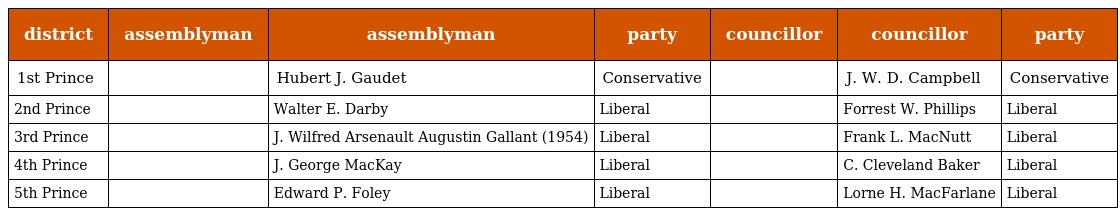
| district | assemblyman | assemblyman | party | councillor | councillor | party |
 | --- | --- | --- | --- | --- | --- | --- |
 | 1st Prince |  | Hubert J. Gaudet | Conservative |  | J. W. D. Campbell | Conservative |
 | 2nd Prince |  | Walter E. Darby | Liberal |  | Forrest W. Phillips | Liberal |
 | 3rd Prince |  | J. Wilfred Arsenault Augustin Gallant (1954) | Liberal |  | Frank L. MacNutt | Liberal |
 | 4th Prince |  | J. George MacKay | Liberal |  | C. Cleveland Baker | Liberal |
 | 5th Prince |  | Edward P. Foley | Liberal |  | Lorne H. MacFarlane | Liberal |